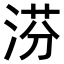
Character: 𣶼